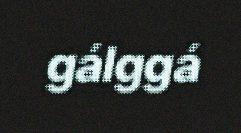
gálggá